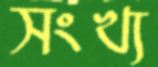
সংখ্য